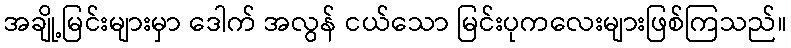
အချို့မြင်းများမှာ ဒေါက် အလွန် ငယ်သော မြင်းပုကလေးများဖြစ်ကြသည်။